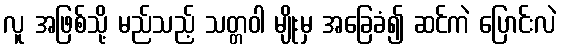
လူ အဖြစ်သို့ မည်သည့် သတ္တဝါ မျိုးမှ အခြေခံ၍ ဆင်ကဲ ပြောင်းလဲ